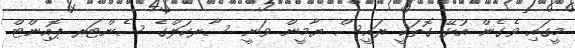
މީގައި ވެގެން އުޅޭ ގޮތަކީ ރައީސް ޔާމީން ވަނީ ސާރކަލްގެ ސެންޓަރ ޕޮއިންޓް